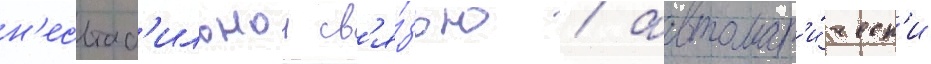
н'естаб'ильнои св'я́зью / автомат'и́ческ'и